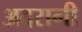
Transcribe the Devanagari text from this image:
अदरानी